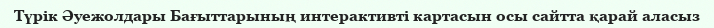
Түрік Әуежолдары Бағыттарының интерактивті картасын осы сайтта қарай аласыз